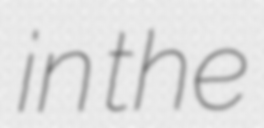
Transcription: in the